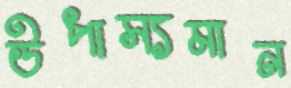
উপাস্যমান